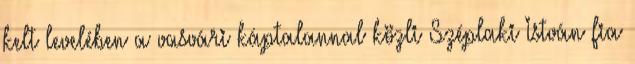
kelt levelében a vasvári káptalannal közli Széplaki István fia